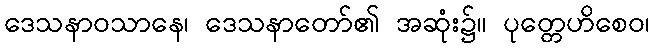
ဒေသနာဝသာနေ၊ ဒေသနာတော်၏ အဆုံး၌။ ပုတ္တေဟိစေဝ၊